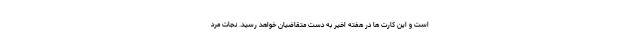
است و این کارت ها در هفته اخیر به دست متقاضیان خواهد رسید. نجات مرد